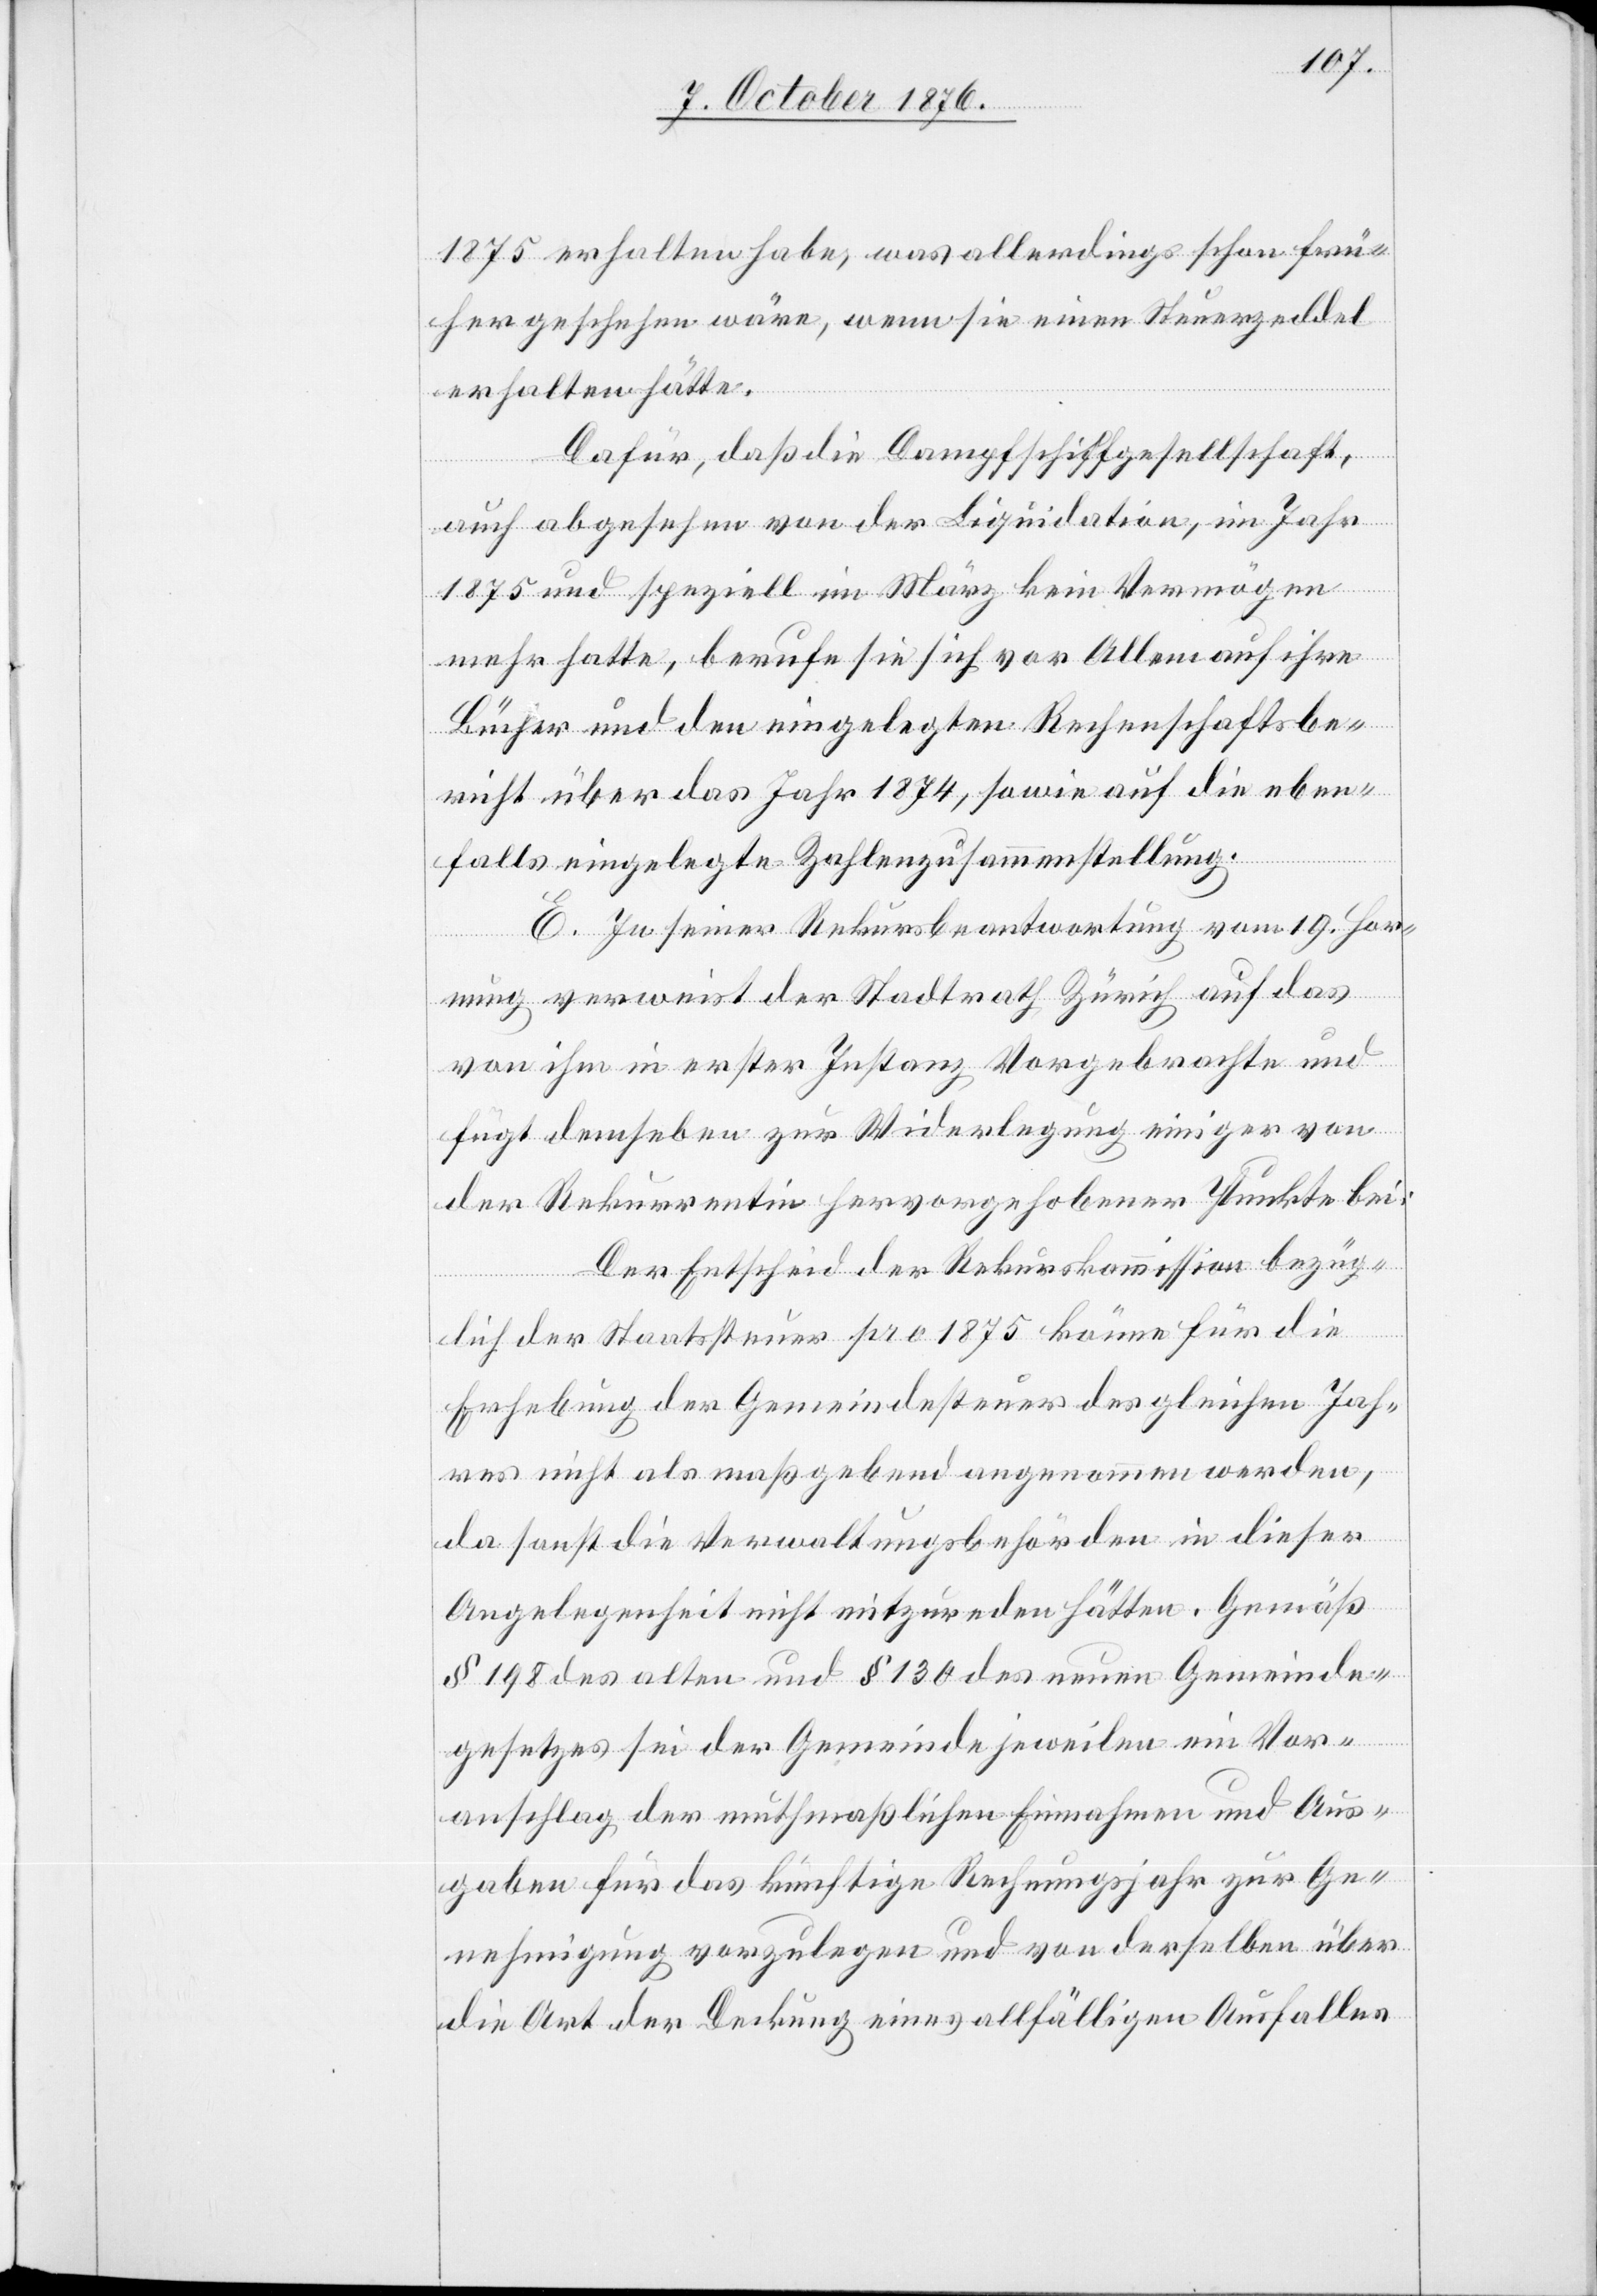
1875 erhalten habe, was allerdings schon frü¬
her geschehen wäre, wenn sie einen Steuerzeddel
erhalten hätte.
Dafür, daß die Dampfschiffgesellschaft,
auch abgesehen von der Liquidation, im Jahr
1875 und speziell im März kein Vermögen
mehr hatte, berufe sie sich vor Allem auf ihre
Bücher und den eingelegten Rechenschaftsbe¬
richt über das Jahr 1874, sowie auf die eben¬
falls eingelegte Zahlungszusammenstellung.
E. In seiner Rekursbeantwortung vom 19 Hor¬
nung verweist der Stadtrath Zürich auf das
von ihm in erster Instanz Vorgebrachte und
fügt demselben zur Widerlegung einiger von
der Rekurrentin hervorgehobener Punkte bei:
Der Entscheid der Rekurskommission bezüg¬
lich der Staatssteuer pro 1875 könne für die
Erhebung der Gemeindesteuer des gleichen Jah¬
res nicht als maßgebend angenommen werden,
da sonst die Verwaltungsbehörden in dieser
Angelegenheit nicht mitzureden hätten. Gemäß
§ 198 des alten und § 130 des neuen Gemeinde¬
gesetzes sei der Gemeinde jeweilen ein Vor¬
anschlag der muthmaßlichen Einnahmen und Aus¬
gaben für das künftige Rechnungsjahr zur Ge¬
nehmigung vorzulegen und von derselben über
die Art der Deckung eines allfälligen Ausfalles